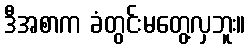
ဒီအစာက ခံတွင်းမတွေ့လှဘူး။